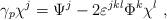
LaTeX: \begin{align*}\gamma_p \chi^j= \Psi^j -2\varepsilon^{jkl}\Phi^k \chi^l~,\end{align*}